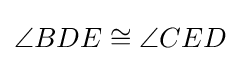
\angle BDE\cong \angle CED